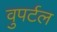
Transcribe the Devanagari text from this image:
वुपर्टल